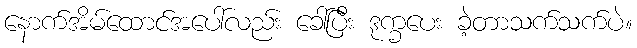
နောက်အိမ်ထောင်အပေါ်လည်း ခေါ်ပြီး ဒုက္ခပေး ခဲ့တာသက်သက်ပဲ။